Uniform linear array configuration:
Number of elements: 4
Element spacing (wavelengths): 1
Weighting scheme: binomial
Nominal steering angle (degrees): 15
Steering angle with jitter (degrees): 13.915
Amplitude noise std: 0.05
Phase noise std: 0.05

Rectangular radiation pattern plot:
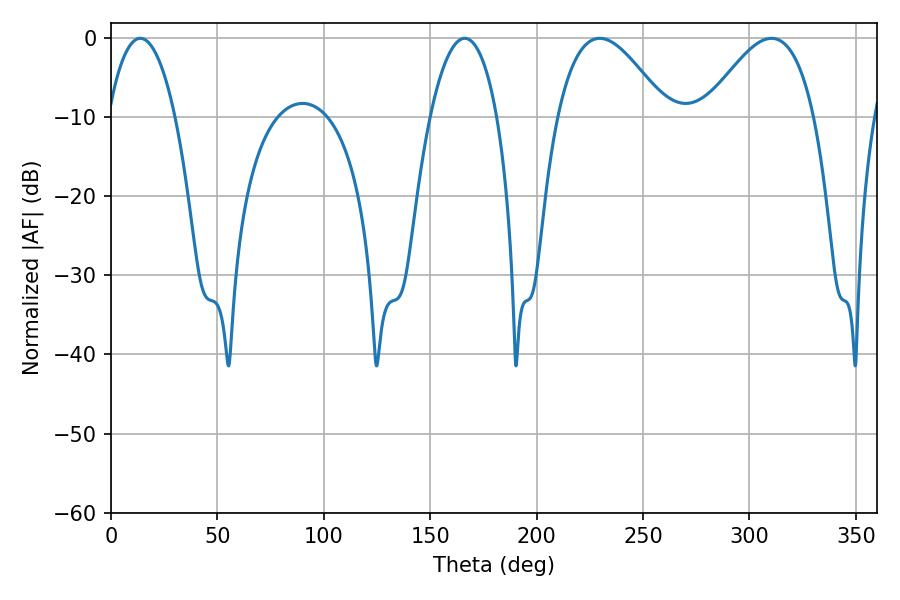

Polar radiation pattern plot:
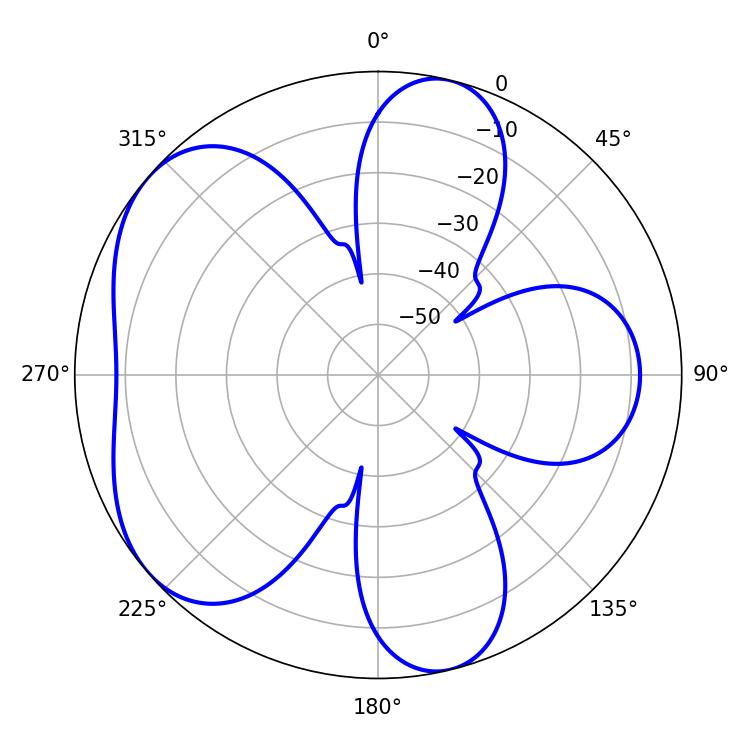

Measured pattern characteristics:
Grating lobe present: TRUE
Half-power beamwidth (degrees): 27.72
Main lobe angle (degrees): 229.68